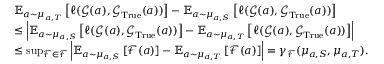
\begin{array} { r l } & { \boldsymbol { \mathbb { E } } _ { a \sim \mu _ { a , T } } \left[ \ell ( \boldsymbol { \mathcal { G } } ( a ) , \boldsymbol { \mathcal { G } } _ { \mathrm { T r u e } } ( a ) ) \right] - \boldsymbol { \mathbb { E } } _ { a \sim \mu _ { a , S } } \left[ \ell ( \boldsymbol { \mathcal { G } } ( a ) , \boldsymbol { \mathcal { G } } _ { \mathrm { T r u e } } ( a ) ) \right] } \\ & { \leq \left| \boldsymbol { \mathbb { E } } _ { a \sim \mu _ { a , S } } \left[ \ell ( \boldsymbol { \mathcal { G } } ( a ) , \boldsymbol { \mathcal { G } } _ { \mathrm { T r u e } } ( a ) ) \right] - \boldsymbol { \mathbb { E } } _ { a \sim \mu _ { a , T } } \left[ \ell ( \boldsymbol { \mathcal { G } } ( a ) , \boldsymbol { \mathcal { G } } _ { \mathrm { T r u e } } ( a ) ) \right] \right| } \\ & { \leq \operatorname* { s u p } _ { \boldsymbol { \mathcal { F } } \in \mathscr { F } } \left| \boldsymbol { \mathbb { E } } _ { a \sim \mu _ { a , S } } \left[ \boldsymbol { \mathcal { F } } ( a ) \right] - \boldsymbol { \mathbb { E } } _ { a \sim \mu _ { a , T } } \left[ \boldsymbol { \mathcal { F } } ( a ) \right] \right| = \gamma _ { \mathscr { F } } ( \mu _ { a , S } , \mu _ { a , T } ) . } \end{array}